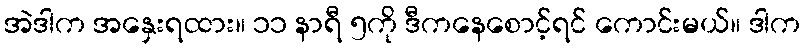
အဲဒါက အနှေးရထား။ ၁၁ နာရီ ၅ကို ဒီကနေစောင့်ရင် ကောင်းမယ်။ ဒါက